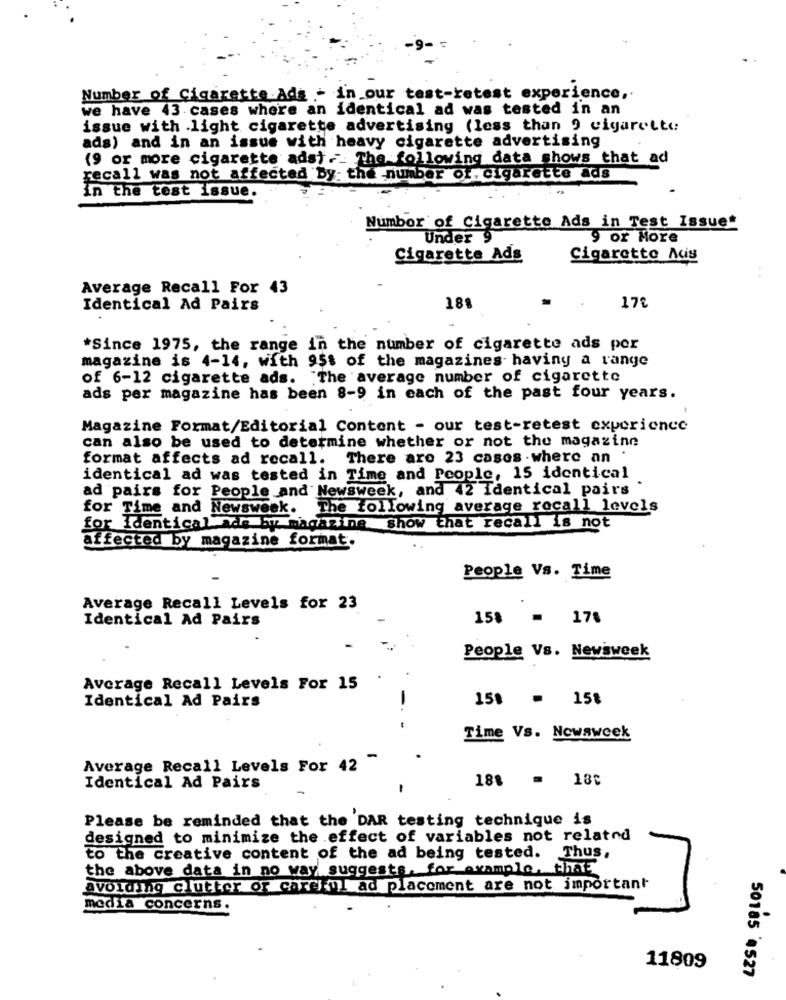
Number of Cigarette Ads - in our test-retest experience ,.
we have 43 cases where an identical ad was tested in an
issue with light cigarette advertising (less than 9 cigarette
ads) and in an issue with heavy cigarette advertising
(9 or more cigarette ads) . The following data shows that ad
recall was not affected by the number of. cigarette ads
in the test issue.
Number of Cigarette Ads in Test Issue*
Under 9
9 or More
Cigarette Ads
Cigarette Aus
..
Average Recall For 43
Identical Ad Pairs
188
17€
*Since 1975, the range in the number of cigarette ads por
magazine is 4-14, with 95$ of the magazines having a range
of 6-12 cigarette ads. The average number of cigarette
ads per magazine has been 8-9 in each of the past four years.
Magazine Format/Editorial Content - our test-retest experience
can also be used to determine whether or not the magazine
format affects ad recall. There are 23 cases where an
identical ad was tested in Time and People, 15 identical
ad pairs for People and Newsweek, and 42 Identical pairs
for Time and Newsweek.
The following average recall levels
for Identical ade by magazine show that recall is not
affected by magazine format.
People Vs. Time
Average Recall Levels for 23
Identical Ad Pairs
158
= 17%
People Vs. Newsweek
Average Recall Levels For 15
15$ = 15%
Identical Ad Pairs
Time Vs. Newsweek
Average Recall Levels For 42
188
18C
Identical Ad Pairs
Please be reminded that the DAR testing technique is
designed to minimize the effect of variables not related
to the creative content of the ad being tested. Thus,
the above data in no way suggests, for example, that
avoiding clutter or carcinul ad placement are not important
media concerns.
11809
50185 4527